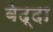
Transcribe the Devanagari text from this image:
बेद्दा